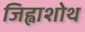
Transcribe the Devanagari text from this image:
जिह्वाशोथ